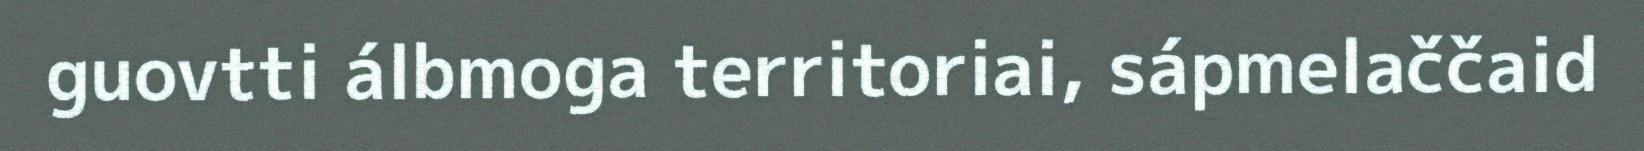
guovtti álbmoga territoriai, sápmelaččaid